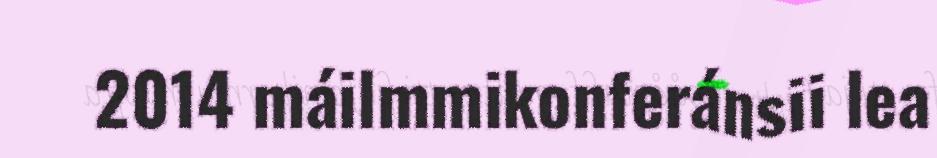
2014 máilmmikonferánsii lea